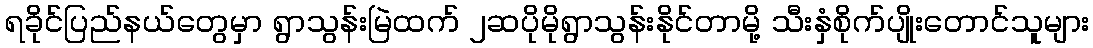
ရခိုင်ပြည်နယ်တွေမှာ ရွာသွန်းမြဲထက် ၂ဆပိုမိုရွာသွန်းနိုင်တာမို့ သီးနှံစိုက်ပျိုးတောင်သူများ